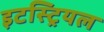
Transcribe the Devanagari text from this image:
इटस्ट्रियल